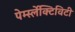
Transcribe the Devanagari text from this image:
पेर्म्स्लेक्टिविटी